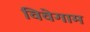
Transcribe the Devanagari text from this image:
विवेगाम